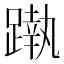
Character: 𨄴